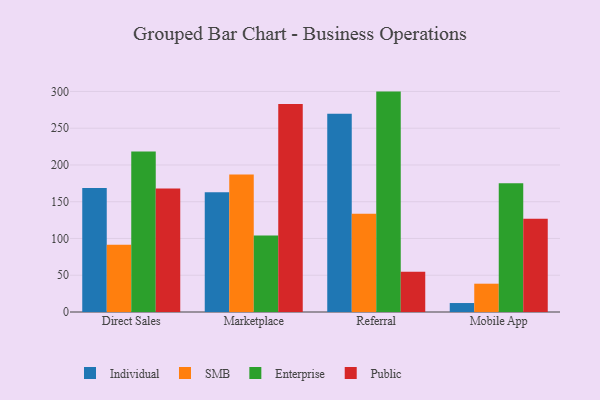
{"axis": {"x": "Channel", "y": "Website Visitors"}, "legend": ["Enterprise", "Individual", "Public", "SMB"], "data": [{"x": "Direct Sales", "y": 168.6, "type": "Individual"}, {"x": "Direct Sales", "y": 91.5, "type": "SMB"}, {"x": "Direct Sales", "y": 218.4, "type": "Enterprise"}, {"x": "Direct Sales", "y": 168.0, "type": "Public"}, {"x": "Marketplace", "y": 162.9, "type": "Individual"}, {"x": "Marketplace", "y": 187.0, "type": "SMB"}, {"x": "Marketplace", "y": 104.1, "type": "Enterprise"}, {"x": "Marketplace", "y": 283.1, "type": "Public"}, {"x": "Referral", "y": 269.6, "type": "Individual"}, {"x": "Referral", "y": 133.8, "type": "SMB"}, {"x": "Referral", "y": 299.8, "type": "Enterprise"}, {"x": "Referral", "y": 54.9, "type": "Public"}, {"x": "Mobile App", "y": 12.2, "type": "Individual"}, {"x": "Mobile App", "y": 38.5, "type": "SMB"}, {"x": "Mobile App", "y": 175.0, "type": "Enterprise"}, {"x": "Mobile App", "y": 126.7, "type": "Public"}]}